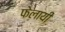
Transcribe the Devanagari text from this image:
फेलायी